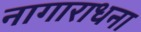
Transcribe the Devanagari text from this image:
नागाराधना